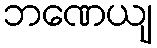
ဘဏေယျ